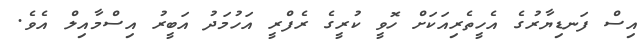
އިސް ފަނޑިޔާރުގެ އެހީތެރިއަކަށް ހޮވީ ކުރީގެ ރެފްރީ އަހުމަދު އަބީރު އިސްމާއިލް އެވެ.